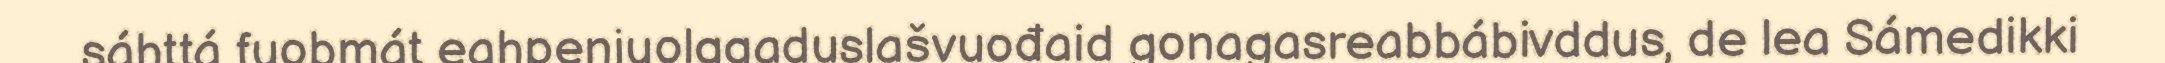
sáhttá fuobmát eahpenjuolggaduslašvuođaid gonagasreabbábivddus, de lea Sámedikki